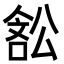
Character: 𭉽